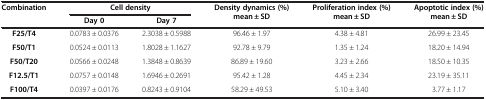
<table><thead><tr><td><b>Combination</b></td><td colspan="2"><b>Cell density</b></td><td rowspan="2"><b>Density dynamics (%) mean ± SD</b></td><td rowspan="2"><b>Proliferation index (%) mean ± SD</b></td><td rowspan="2"><b>Apoptotic index (%) mean ± SD</b></td></tr><tr><td><b> </b></td><td><b>Day 0</b></td><td><b>Day 7</b></td></tr></thead><tbody><tr><td><b>F25/T4</b></td><td>0.0783 ± 0.0376</td><td>2.3038 ± 0.5988</td><td>96.46 ± 1.97</td><td>4.38 ± 4.81</td><td>26.99 ± 23.45</td></tr><tr><td><b>F50/T1</b></td><td>0.0524 ± 0.0113</td><td>1.8028 ± 1.1627</td><td>92.78 ± 9.79</td><td>1.35 ± 1.24</td><td>18.20 ± 14.94</td></tr><tr><td><b>F50/T20</b></td><td>0.0566 ± 0.0248</td><td>1.3848 ± 0.8639</td><td>86.89 ± 19.60</td><td>3.23 ± 2.66</td><td>18.50 ± 10.35</td></tr><tr><td><b>F12.5/T1</b></td><td>0.0757 ± 0.0148</td><td>1.6946 ± 0.2691</td><td>95.42 ± 1.28</td><td>4.45 ± 2.34</td><td>23.19 ± 35.11</td></tr><tr><td><b>F100/T4</b></td><td>0.0397 ± 0.0176</td><td>0.8243 ± 0.9104</td><td>58.29 ± 49.53</td><td>5.10 ± 3.40</td><td>3.77 ± 1.17</td></tr></tbody></table>